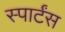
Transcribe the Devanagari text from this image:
स्पार्टंस